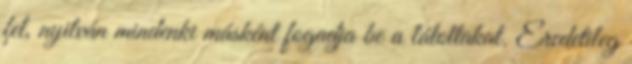
fel, nyilván mindenki másként fogadja be a látottakat. Eredetileg